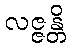
လဇ္ဇန္တိ